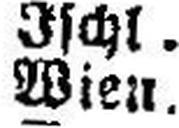
Wien